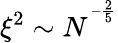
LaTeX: \xi^{2}\sim N^{^{-\frac{2}{5}}}